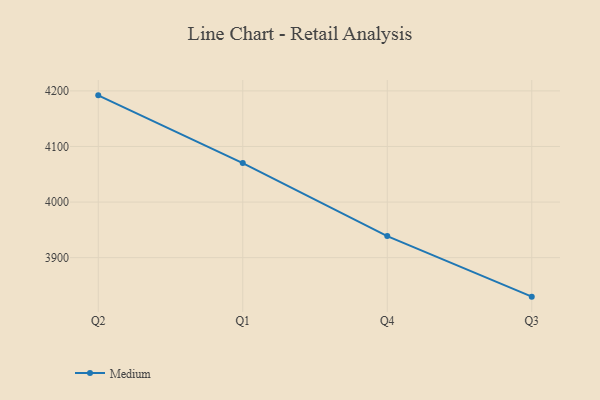
{"axis": {"x": "Quarter", "y": "Population (Million)"}, "legend": ["Medium"], "data": [{"x": "Q2", "y": 4192.0, "type": "Medium"}, {"x": "Q1", "y": 4070.1, "type": "Medium"}, {"x": "Q4", "y": 3938.8, "type": "Medium"}, {"x": "Q3", "y": 3829.8, "type": "Medium"}]}